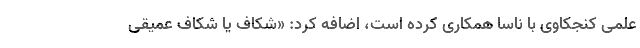
علمی کنجکاوی با ناسا همکاری کرده است، اضافه کرد:‌ «شکاف یا شکاف عمیقی